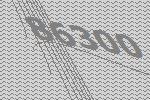
86300